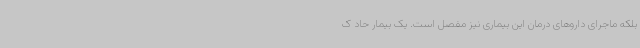
بلکه ماجرای داروهای درمان این بیماری نیز مفصل است. یک بیمار حاد ک